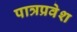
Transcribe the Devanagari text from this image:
पात्रप्रवेश